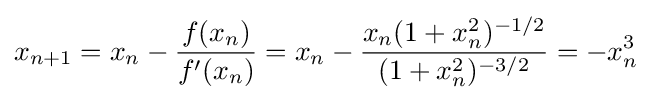
x_{n+1}=x_{n}-{\frac {f(x_{n})}{f'(x_{n})}}=x_{n}-{\frac {x_{n}(1+x_{n}^{2})^{-1/2}}{(1+x_{n}^{2})^{-3/2}}}=-x_{n}^{3}